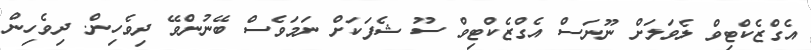
އެގްޒެކްޓިވް ލެވަލަށް ނޫނަސް އެގްޒެކްޓިވް ސޫ ޝެފަކަށް ނަމަވެސް ބޭނުންވޭ ދިވެހިން. ދިވެހިން